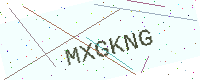
Text: MXGKNG